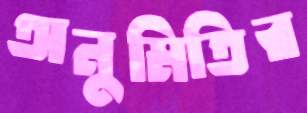
অনুমিতির